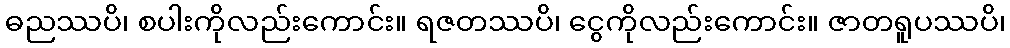
ဓညဿပိ၊ စပါးကိုလည်းကောင်း။ ရဇတဿပိ၊ ငွေကိုလည်းကောင်း။ ဇာတရူပဿပိ၊